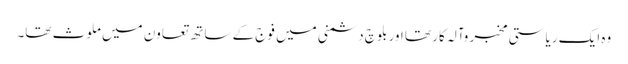
وہ ایک ریاستی مخبر وآلہ کار تھا اور بلوچ دشمنی میں فوج کے ساتھ تعاون میں ملوث تھا۔